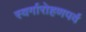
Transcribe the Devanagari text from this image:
स्वर्गारोहणपर्व